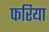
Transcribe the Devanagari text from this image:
फरिया